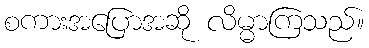
စကားအပြောအဆို လိမ္မာကြသည်။